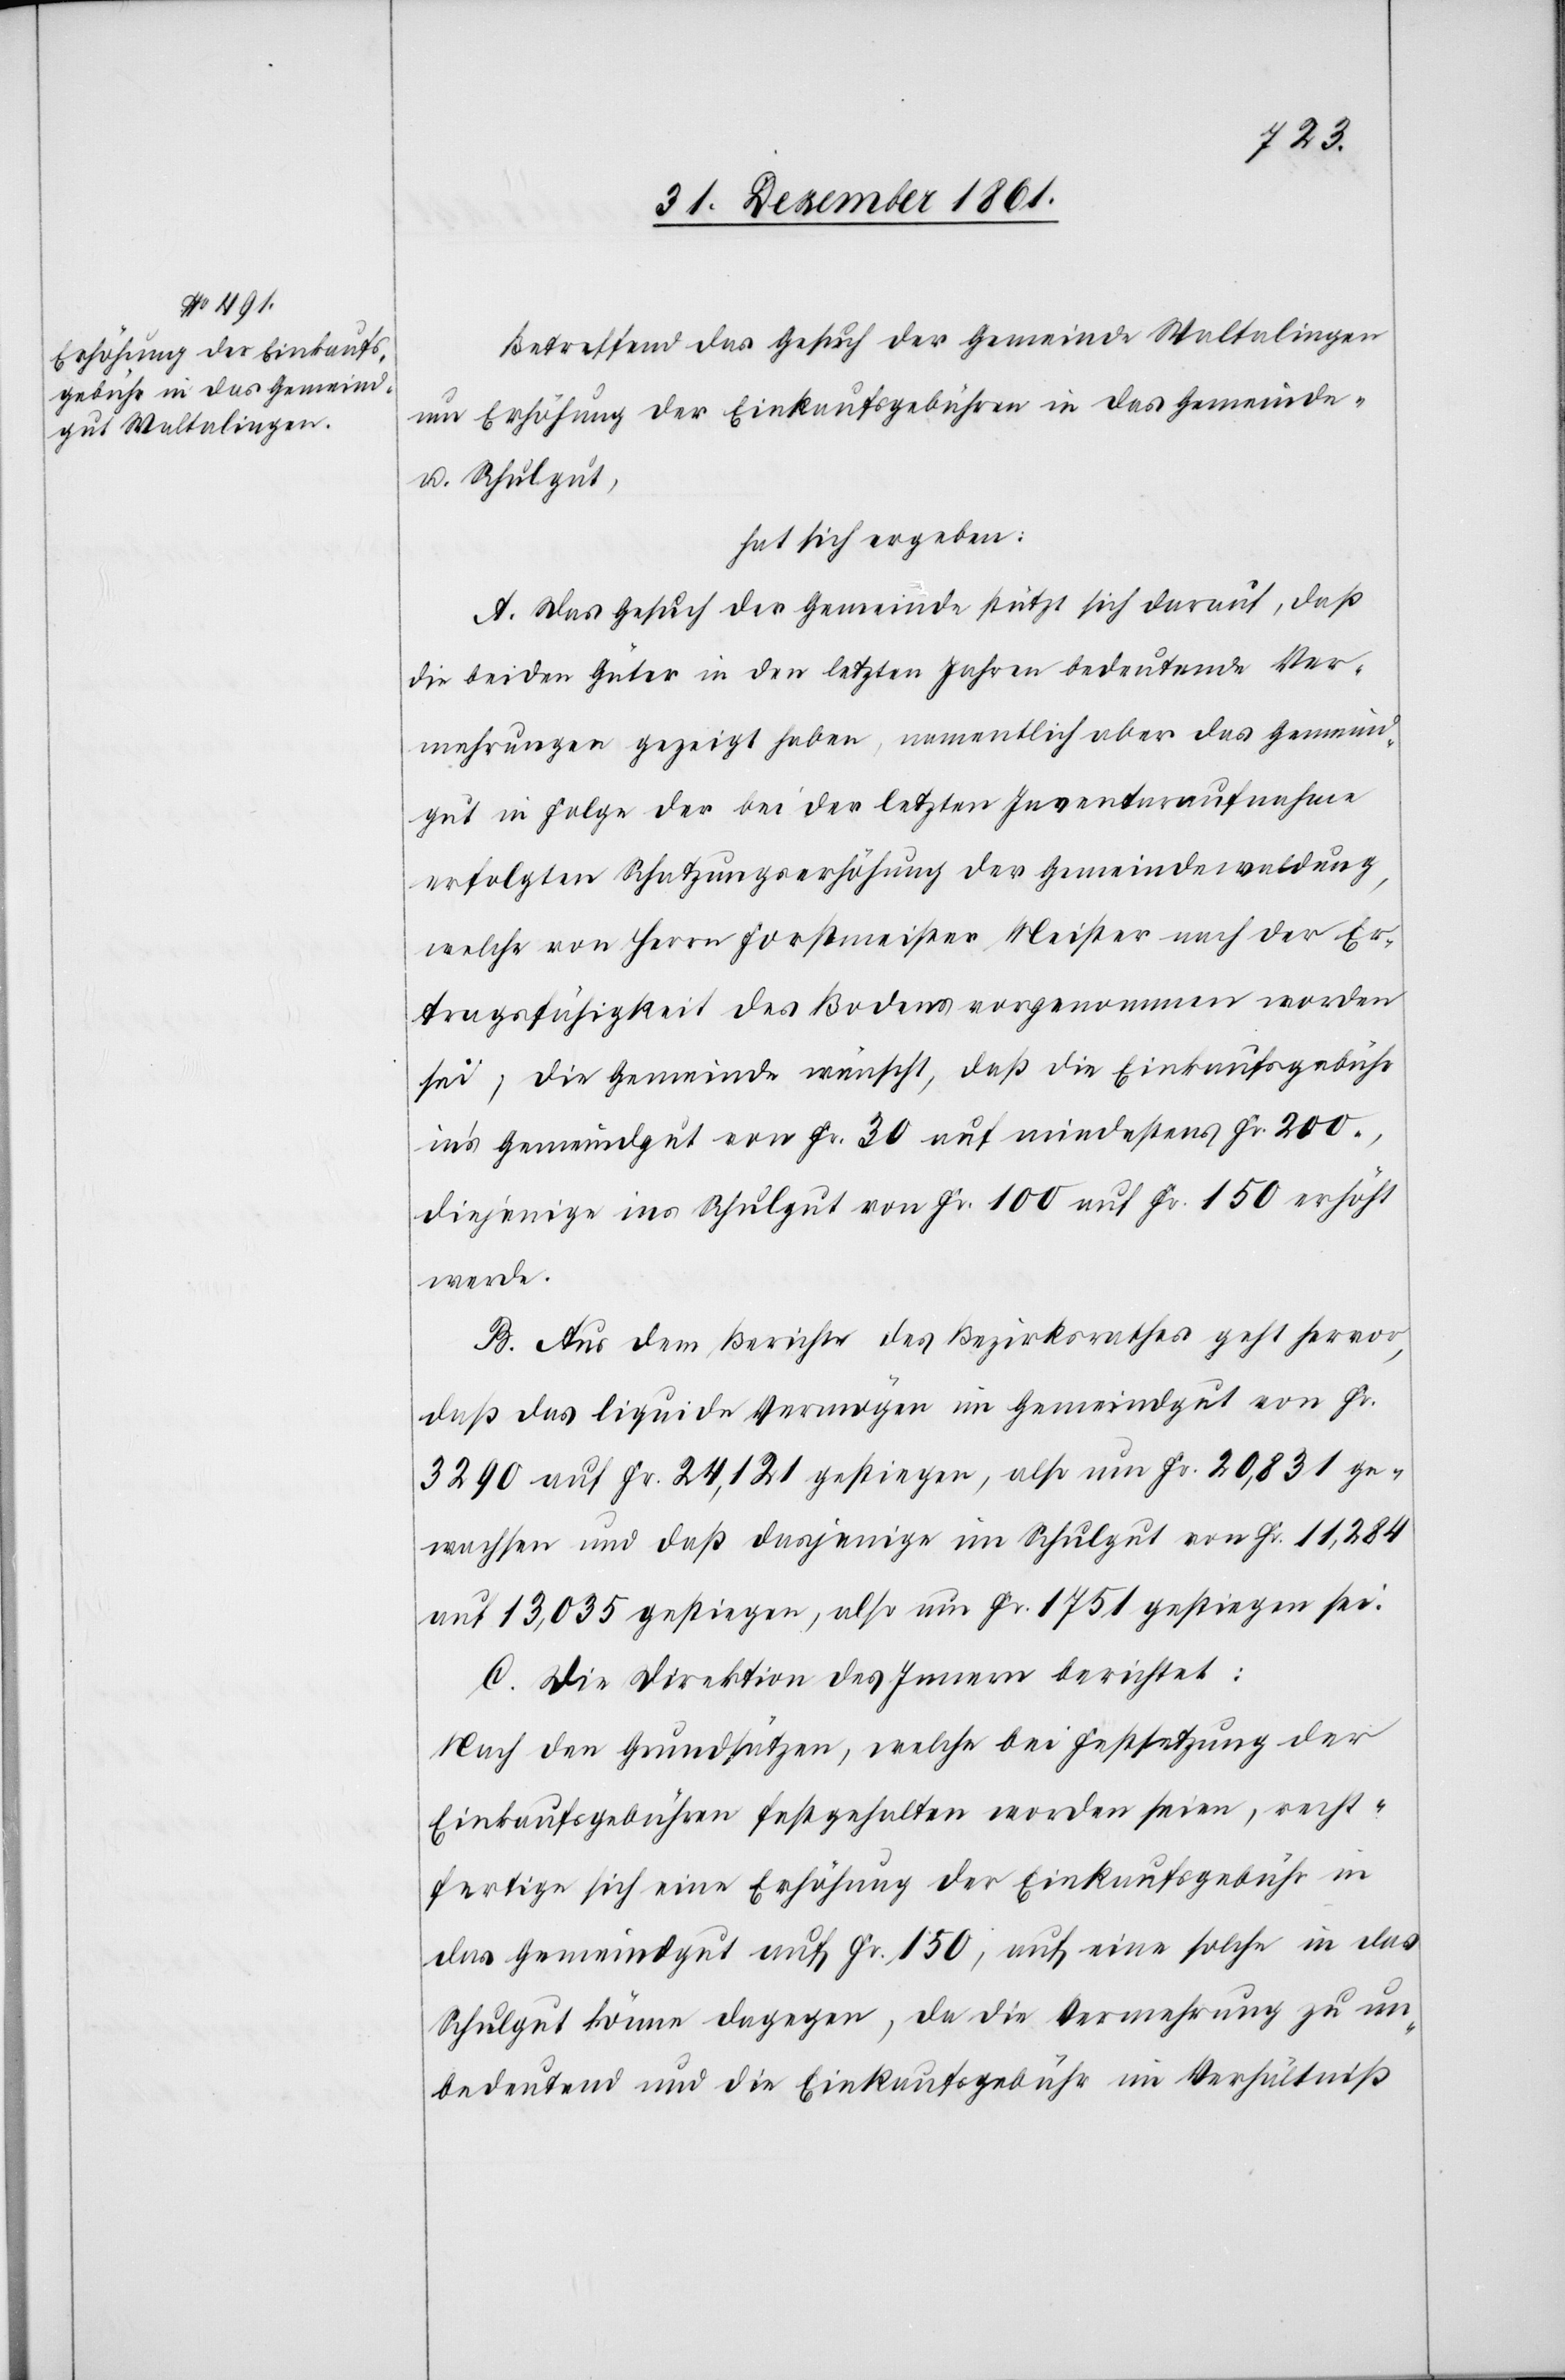
Betreffend das Gesuch der Gemeinde Waltalingen
um Erhöhung der Einkaufsgebühren in das Gemeind-
u. Schulgut,
hat sich ergeben:
A. Das Gesuch der Gemeinde stützt sich darauf, daß
die beiden Güter in den letzten Jahren bedeutende Ver¬
mehrungen gezeigt haben, namentlich aber das Gemeind¬
gut in Folge der bei der letzten Inventaraufnahme
erfolgten Schatzungserhöhung der Gemeindewaldung,
welche von Herrn Forstmeister Meister nach der Er¬
tragsfähigkeit des Bodens vorgenommen worden
sei, die Gemeinde wünscht, daß die Einkaufsgebühr
in’s Gemeindgut von Fr. 30 auf mindestens Fr. 200.,
diejenige ins Schulgut von Fr. 100 auf Fr. 150 erhöht
werde.
B. Aus dem Berichte des Bezirksrathes geht hervor,
daß das liquide Vermögen im Gemeindgut von Fr.
3290 auf Fr. 24,121 gestiegen, also um Fr. 20,831 ge¬
wachsen und daß dasjenige im Schulgut von Fr. 11,284
auf 13,035 gestiegen, also um Fr. 1751 gestiegen sei.
C. Die Direktion des Innern berichtet:
Nach den Grundsätzen, welche bei Festsetzung der
Einkaufsgebühren festgehalten worden seien, recht¬
fertige sich eine Erhöhung der Einkaufsgebühren in
das Gemeindgut auf Fr. 150, auf eine solche in das
Schulgut könne dagegen, da die Vermehrung zu un¬
bedeutend und die Einkaufsgebühr im Verhältniß